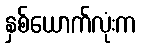
နှစ်ယောက်လုံးက